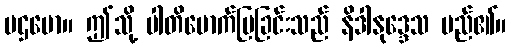
ပဌမော။ ဤသို့ ပါတိမောက်ပြခြင်းသည် နိဒါနုဒ္ဒေသ မည်၏။